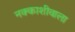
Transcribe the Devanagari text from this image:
नक्काशीवाला